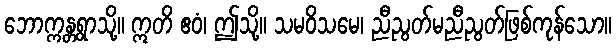
ဘောက္ကန္တရွာသို့။ ဣတိ ဧဝံ၊ ဤသို့။ သမဝိသမေ၊ ညီညွတ်မညီညွတ်ဖြစ်ကုန်သော။